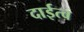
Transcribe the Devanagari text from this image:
दाईत्व